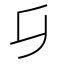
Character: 𠂎